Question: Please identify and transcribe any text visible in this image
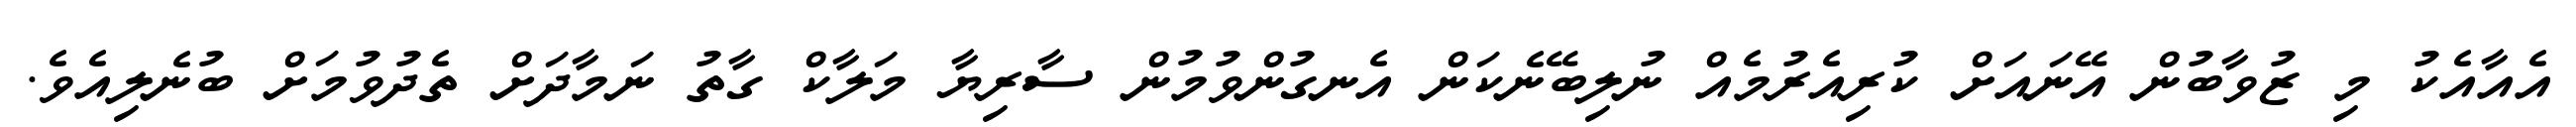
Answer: އެއާއެކު މި ޒުވާބުން އޭނައަށް ކުރިއެރުމެއް ނުލިބޭނެކަން އެނގުންވުމުން ސާރިޔާ މަލާކް ގާތު ނަމާދަށް ތެދުވުމަށް ބުނެލިއެވެ.